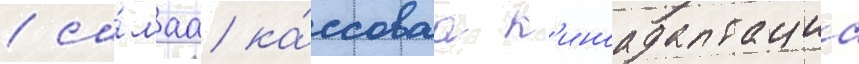
/ са́маа ка́ссоваа к'иноадаптациа